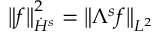
\left\| f \right\| _ { \dot { H } ^ { s } } ^ { 2 } = \left\| \Lambda ^ { s } f \right\| _ { L ^ { 2 } }